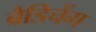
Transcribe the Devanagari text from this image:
बैडिचेंग